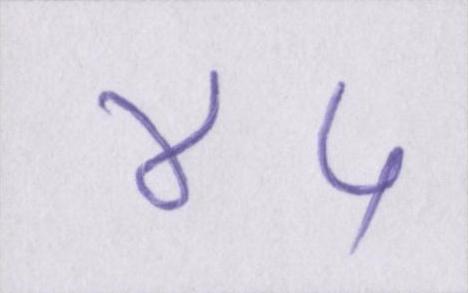
४५